Problem: 2 + 13 = ?
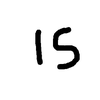
Handwritten answer: 15